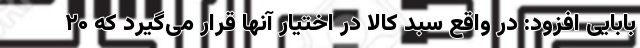
بابایی افزود: در واقع سبد کالا در اختیار آنها قرار می‌گیرد که ۲۰